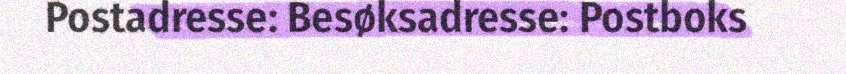
Postadresse: Besøksadresse: Postboks